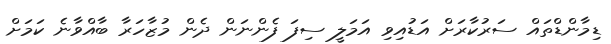
ޑިމާންޑްތައް ސަރުކާރަށް އަޑުއިވި އަމަލީ ސިފަ ފެންނަން ދެން މުޒާހަރާ ބާއްވާނެ ކަމަށް